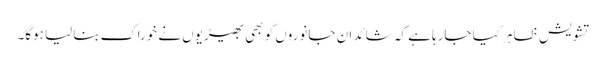
تشویش ظاہر کیا جارہا ہے کہ شائد ان جانوروں کو بھی بھیڑیوں نے خوراک بنالیا ہوگا۔